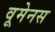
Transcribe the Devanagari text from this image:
वूमेनस